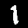
Digit: 1